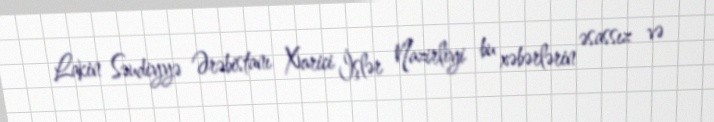
Lakin Səudiyyə Ərəbistanı Xarici İşlər Nazirliyi bu xəbərlərin əsassız və